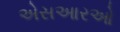
એસઆરઓ